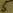
Text: 5